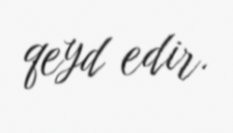
qeyd edir.